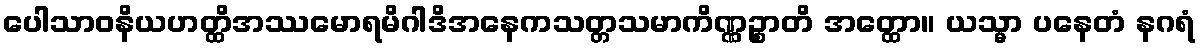
ပေါသာဝနိယဟတ္ထိအဿမောရမိဂါဒိအနေကသတ္တသမာကိဏ္ဏဉ္စာတိ အတ္ထော။ ယသ္မာ ပနေတံ နဂရံ